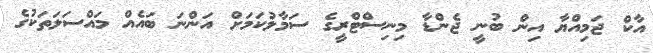
އާކް ޖަމިއްޔާ އިން ބުނީ ޖެންޑާ މިނިސްޓްރީގެ ސަމާލުކަމަށް އަންނަ ބައެއް މައްސަލަތަކުގެ